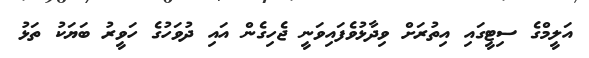
އަލީމްގެ ސިޓީގައި އިތުރަށް ވިދާޅުވެފައިވަނީ ޖެހިގެން އައި ދުވަހުގެ ހަވީރު ބަޔަކު ތަޅު